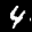
Label: 4